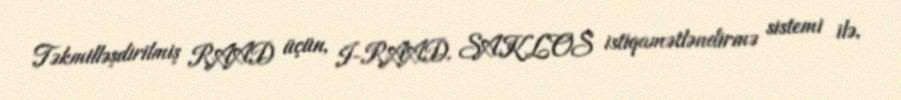
Təkmilləşdirilmiş RAAD üçün, I-RAAD, SAKLOS istiqamətləndirmə sistemi ilə,